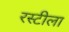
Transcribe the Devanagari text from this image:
रस्टीला